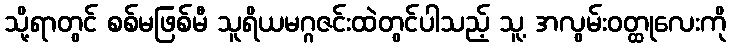
သို့ရာတွင် စစ်မဖြစ်မီ သူရိယမဂ္ဂဇင်းထဲတွင်ပါသည့် သူ့ အလွမ်းဝတ္ထုလေးကို